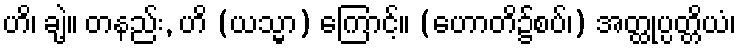
ဟိ၊ ချဲ့။ တနည်း, ဟိ (ယသ္မာ) ကြောင့်။ (ဟောတိ၌စပ်၊) အတ္ထုပ္ပတ္တိယံ၊